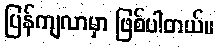
ပြန်ကျလာမှာ ဖြစ်ပါတယ်။